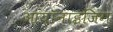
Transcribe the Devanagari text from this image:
आयॉनाइजिंग